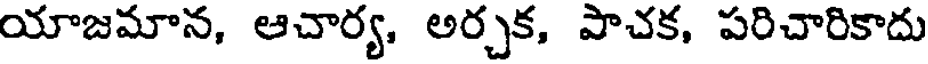
యాజమాన, ఆచార్య, అర్చక, పాచక, పరిచారికాదు